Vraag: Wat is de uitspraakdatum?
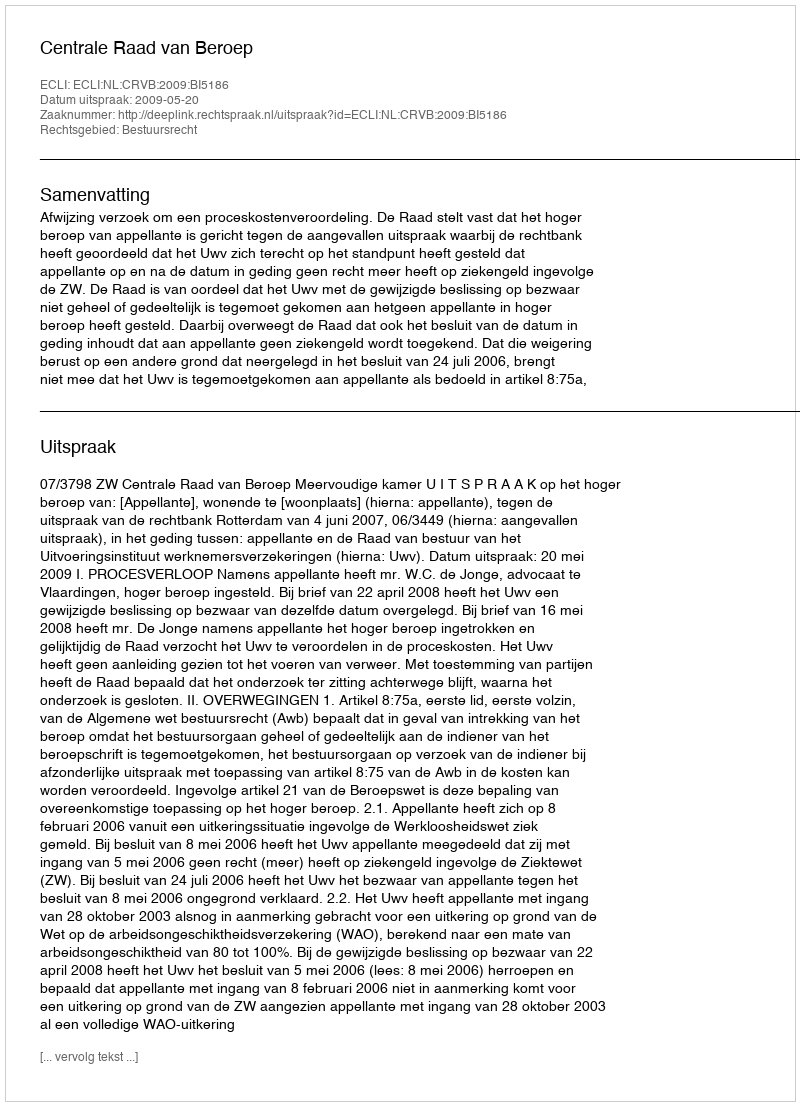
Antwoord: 2009-05-20